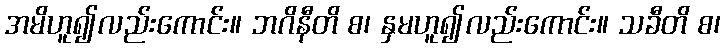
အမိဟူ၍လည်းကောင်း။ ဘဂိနီတိ စ၊ နှမဟူ၍လည်းကောင်း။ သခီတိ စ၊